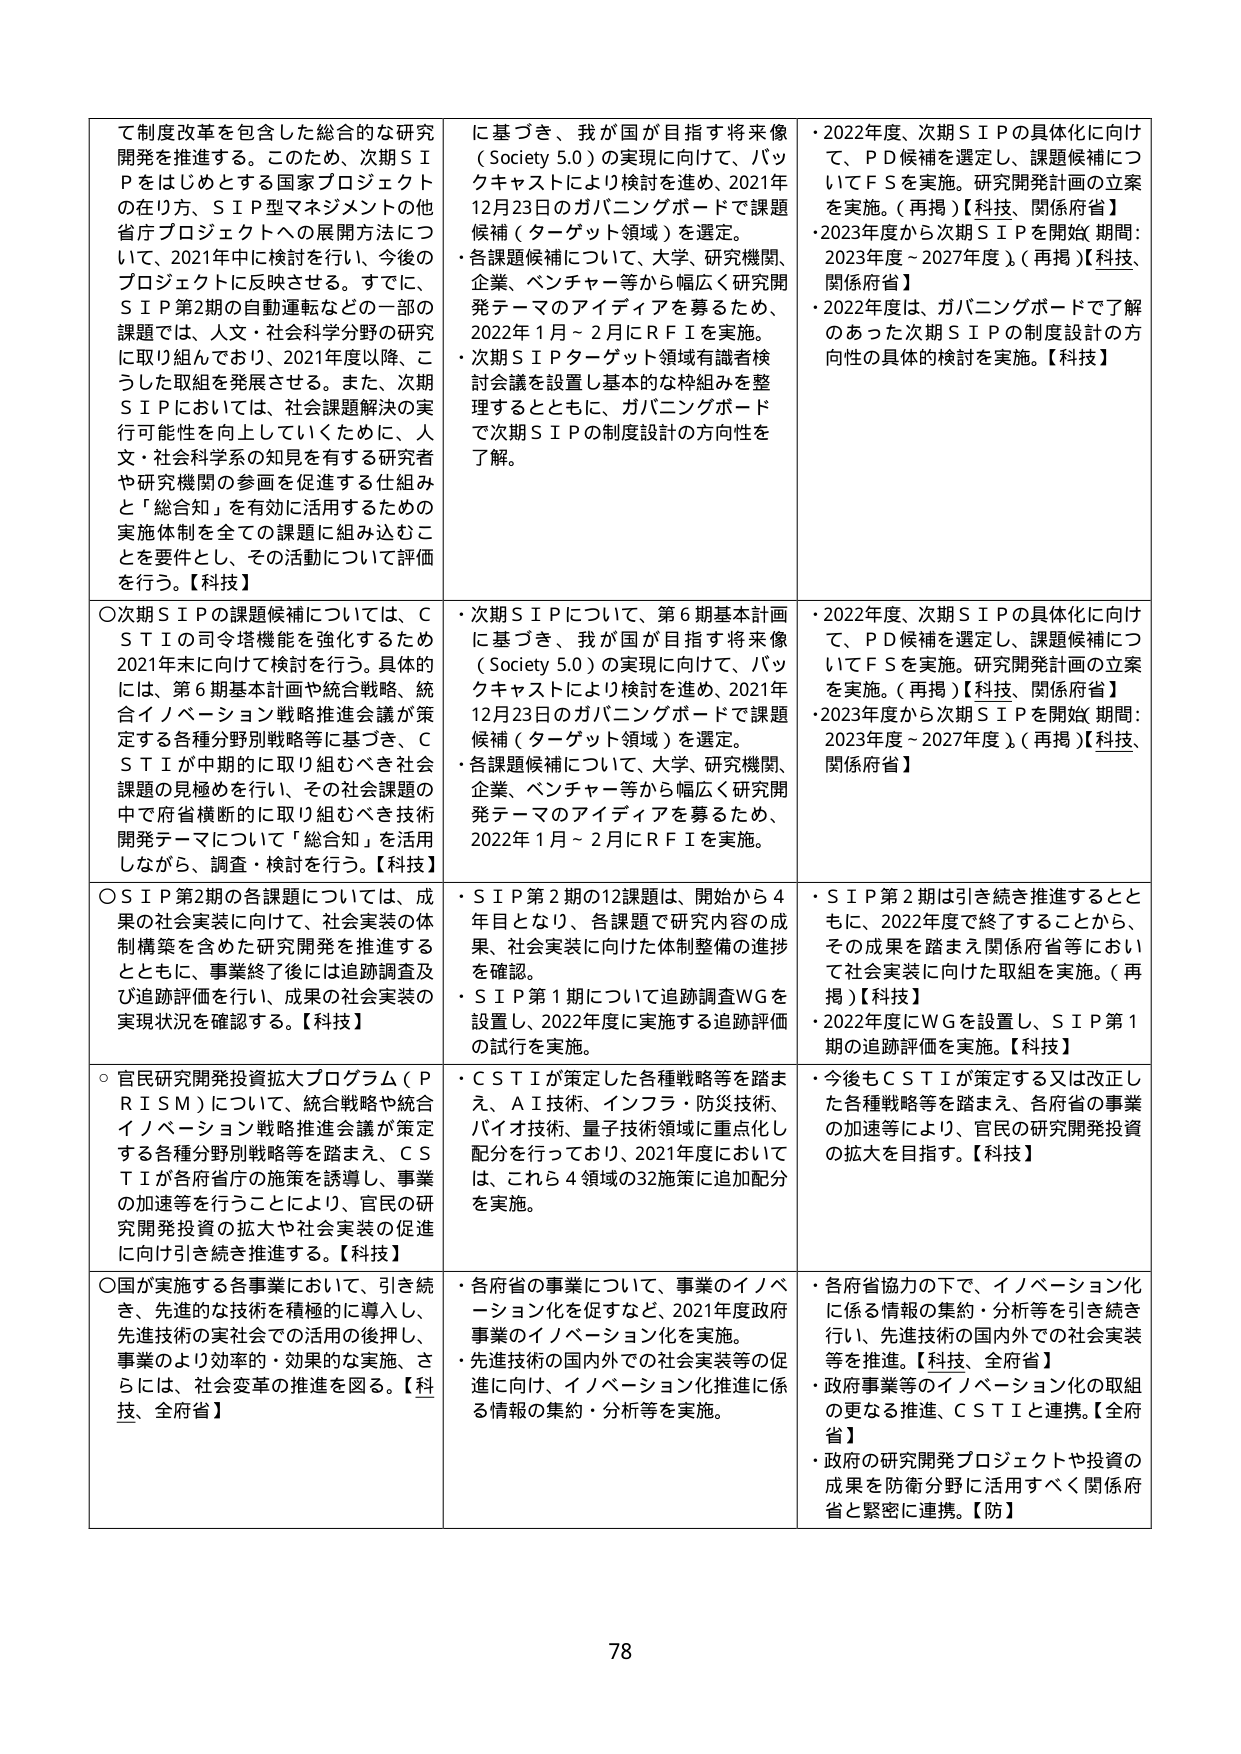
て制度改革を包含した総合的な研究開発を推進する。このため、次期ＳＩＰをはじめとする国家プロジェクトの在り方、ＳＩＰ型マネジメントの他省庁プロジェクトへの展開方法について、2021年中に検討を行い、今後のプロジェクトに反映させる。すでに、ＳＩＰ第2期の自動運転などの一部の課題では、人文・社会科学分野の研究に取り組んでおり、2021年度以降、こうした取組を発展させる。また、次期ＳＩＰにおいては、社会課題解決の実行可能性を向上していくために、人文・社会科学系の知見を有する研究者や研究機関の参画を促進する仕組みと「総合知」を有効に活用するための実施体制を全ての課題に組み込むことを要件とし、その活動について評価を行う。【科技】

○次期ＳＩＰの課題候補については、ＣＳＴＩの司令塔機能を強化するため2021年末に向けて検討を行う。具体的には、第６期基本計画や統合戦略、統合イノベーション戦略推進会議が策定する各種分野別戦略等に基づき、ＣＳＴＩが中期的に取り組むべき社会課題の見極めを行い、その社会課題の中で府省横断的に取り組むべき技術開発テーマについて「総合知」を活用しながら、調査・検討を行う。【科技】

○ＳＩＰ第2期の各課題については、成果の社会実装に向けて、社会実装の体制構築を含めた研究開発を推進するとともに、事業終了後には追跡調査及び追跡評価を行い、成果の社会実装の実現状況を確認する。【科技】

○官民研究開発投資拡大プログラム（ＰＲＩＳＭ）について、統合戦略や統合イノベーション戦略推進会議が策定する各種分野別戦略等を踏まえ、ＣＳＴＩが各府省庁の施策を誘導し、事業の加速等を行うことにより、官民の研究開発投資の拡大や社会実装の促進に向け引き続き推進する。【科技】

○国が実施する各事業において、引き続き、先進的な技術を積極的に導入し、先進技術の実社会での活用の後押し、事業のより効率的・効果的な実施、さらには、社会変革の推進を図る。【科技、全府省】

に基づき、我が国が目指す将来像（Society 5.0）の実現に向けて、バックキャストにより検討を進め、2021年12月23日のガバニングボードで課題候補（ターゲット領域）を選定。
・各課題候補について、大学、研究機関、企業、ベンチャー等から幅広く研究開発テーマのアイディアを募るため、2022年1月～2月にＲＦＩを実施。
・次期ＳＩＰターゲット領域有識者検討会議を設置し基本的な枠組みを整理するとともに、ガバニングボードで次期ＳＩＰの制度設計の方向性を了解。

・次期ＳＩＰについて、第６期基本計画に基づき、我が国が目指す将来像（Society 5.0）の実現に向けて、バックキャストにより検討を進め、2021年12月23日のガバニングボードで課題候補（ターゲット領域）を選定。
・各課題候補について、大学、研究機関、企業、ベンチャー等から幅広く研究開発テーマのアイディアを募るため、2022年1月～2月にＲＦＩを実施。

・ＳＩＰ第2期の12課題は、開始から4年目となり、各課題で研究内容の成果、社会実装に向けた体制整備の進捗を確認。
・ＳＩＰ第1期について追跡調査ＷＧを設置し、2022年度に実施する追跡評価の試行を実施。

・ＣＳＴＩが策定した各種戦略等を踏まえ、ＡＩ技術、インフラ・防災技術、バイオ技術、量子技術領域を重点化し配分を行っており、2021年度においては、これら4領域の32施策に追加配分を実施。

・各府省の事業について、事業のイノベーション化を促すなど、2021年度政府事業のイノベーション化を実施。
・先進技術の国内外での社会実装等の促進に向け、イノベーション化推進に係る情報の集約・分析等を実施。

・2022年度、次期ＳＩＰの具体化に向けて、ＰＤ候補を選定し、課題候補についてＦＳを実施。研究開発計画の立案を実施。（再掲）【科技、関係府省】
・2023年度から次期ＳＩＰを開始 期間：2023年度～2027年度）（再掲）【科技、関係府省】
・2022年度は、ガバニングボードで了解のあった次期ＳＩＰの制度設計の方向性の具体的検討を実施。【科技】

・2022年度、次期ＳＩＰの具体化に向けて、ＰＤ候補を選定し、課題候補についてＦＳを実施。研究開発計画の立案を実施。（再掲）【科技、関係府省】
・2023年度から次期ＳＩＰを開始 期間：2023年度～2027年度）（再掲）【科技、関係府省】

・ＳＩＰ第2期は引き続き推進するとともに、2022年度で終了することから、その成果を踏まえ関係府省等において社会実装に向けた取組を実施。（再掲）【科技】
・2022年度にＷＧを設置し、ＳＩＰ第1期の追跡評価を実施。【科技】

・今後もＣＳＴＩが策定する又は改正した各種戦略等を踏まえ、各府省の事業の加速等により、官民の研究開発投資の拡大を目指す。【科技】

・各府省協力の下で、イノベーション化に係る情報の集約・分析等を引き続き行い、先進技術の国内外での社会実装等を推進。【科技、全府省】
・政府事業等のイノベーション化の取組の更なる推進、ＣＳＴＩと連携。【全府省】
・政府の研究開発プロジェクトや投資の成果を防衛分野に活用すべく関係府省と緊密に連携。【防】

78